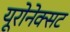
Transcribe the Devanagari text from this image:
यूरोनेक्सट